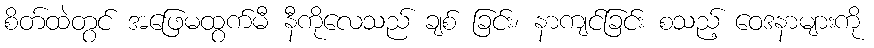
စိတ်ထဲတွင် အဖြေမထွက်မီ နီကိုလေသည် ချစ် ခြင်း၊ နာကျင်ခြင်း စသည့် ဝေဒနာများကို